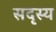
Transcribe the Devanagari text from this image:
सदृस्य